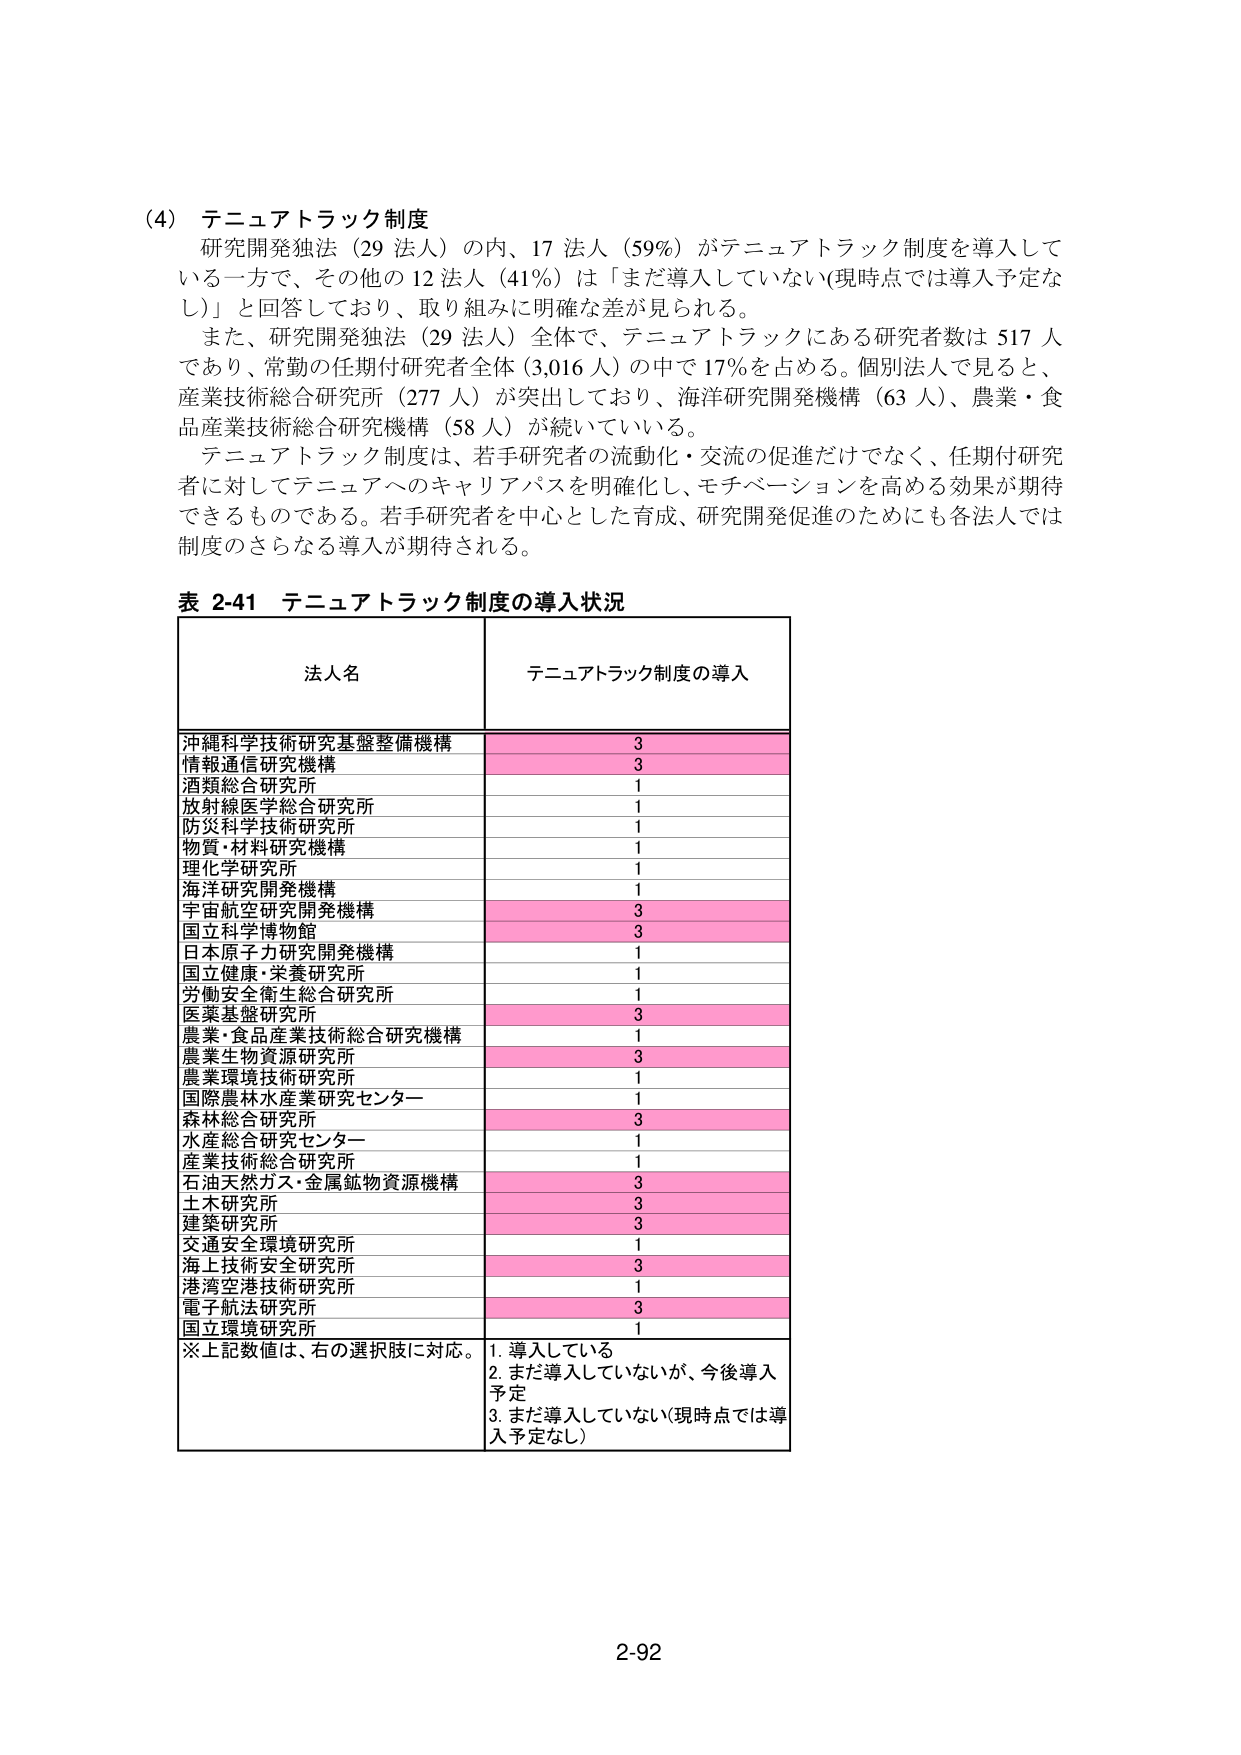
(4) テニュアトラック制度
研究開発独法（29 法人）の内、17 法人（59％）がテニュアトラック制度を導入している一方で、その他の 12 法人（41％）は「まだ導入していない（現時点では導入予定なし）」と回答しており、取り組みに明確な差が見られる。
また、研究開発独法（29 法人）全体で、テニュアトラックにある研究者数は 517 人であり、常勤の任期付研究者全体（3,016 人）の中で 17％を占める。個別法人で見ると、産業技術総合研究所（277 人）が突出しており、海洋研究開発機構（63 人）、農業・食品産業技術総合研究機構（58 人）が続いている。
テニュアトラック制度は、若手研究者の流動化・交流の促進だけでなく、任期付研究者に対してテニュアへのキャリアパスを明確化し、モチベーションを高める効果が期待できるものである。若手研究者を中心とした育成、研究開発促進のためにも各法人では制度のさらなる導入が期待される。

表 2-41 テニュアトラック制度の導入状況
法人名 テニュアトラック制度の導入
沖縄科学技術研究基盤整備機構 3
情報通信研究機構 3
酒類総合研究所 1
放射線医学総合研究所 1
防災科学技術研究所 1
物質・材料研究機構 1
理化学研究所 1
海洋研究開発機構 1
宇宙航空研究開発機構 3
国立科学博物館 3
日本原子力研究開発機構 1
国立健康・栄養研究所 1
労働安全衛生総合研究所 1
医薬基盤研究所 3
農業・食品産業技術総合研究機構 1
農業生物資源研究所 3
農業環境技術研究所 1
国際農林水産業研究センター 1
森林総合研究所 3
水産総合研究センター 1
産業技術総合研究所 1
石油天然ガス・金属鉱物資源機構 3
土木研究所 3
建築研究所 3
交通安全環境研究所 1
海上技術安全研究所 3
港湾空港技術研究所 1
電子航法研究所 3
国立環境研究所 1
※上記数値は、右の選択肢に対応。
1. 導入している
2. まだ導入していないが、今後導入予定
3. まだ導入していない（現時点では導入予定なし）

2-92